Leningradi_Edasi_toimetus, lk 52
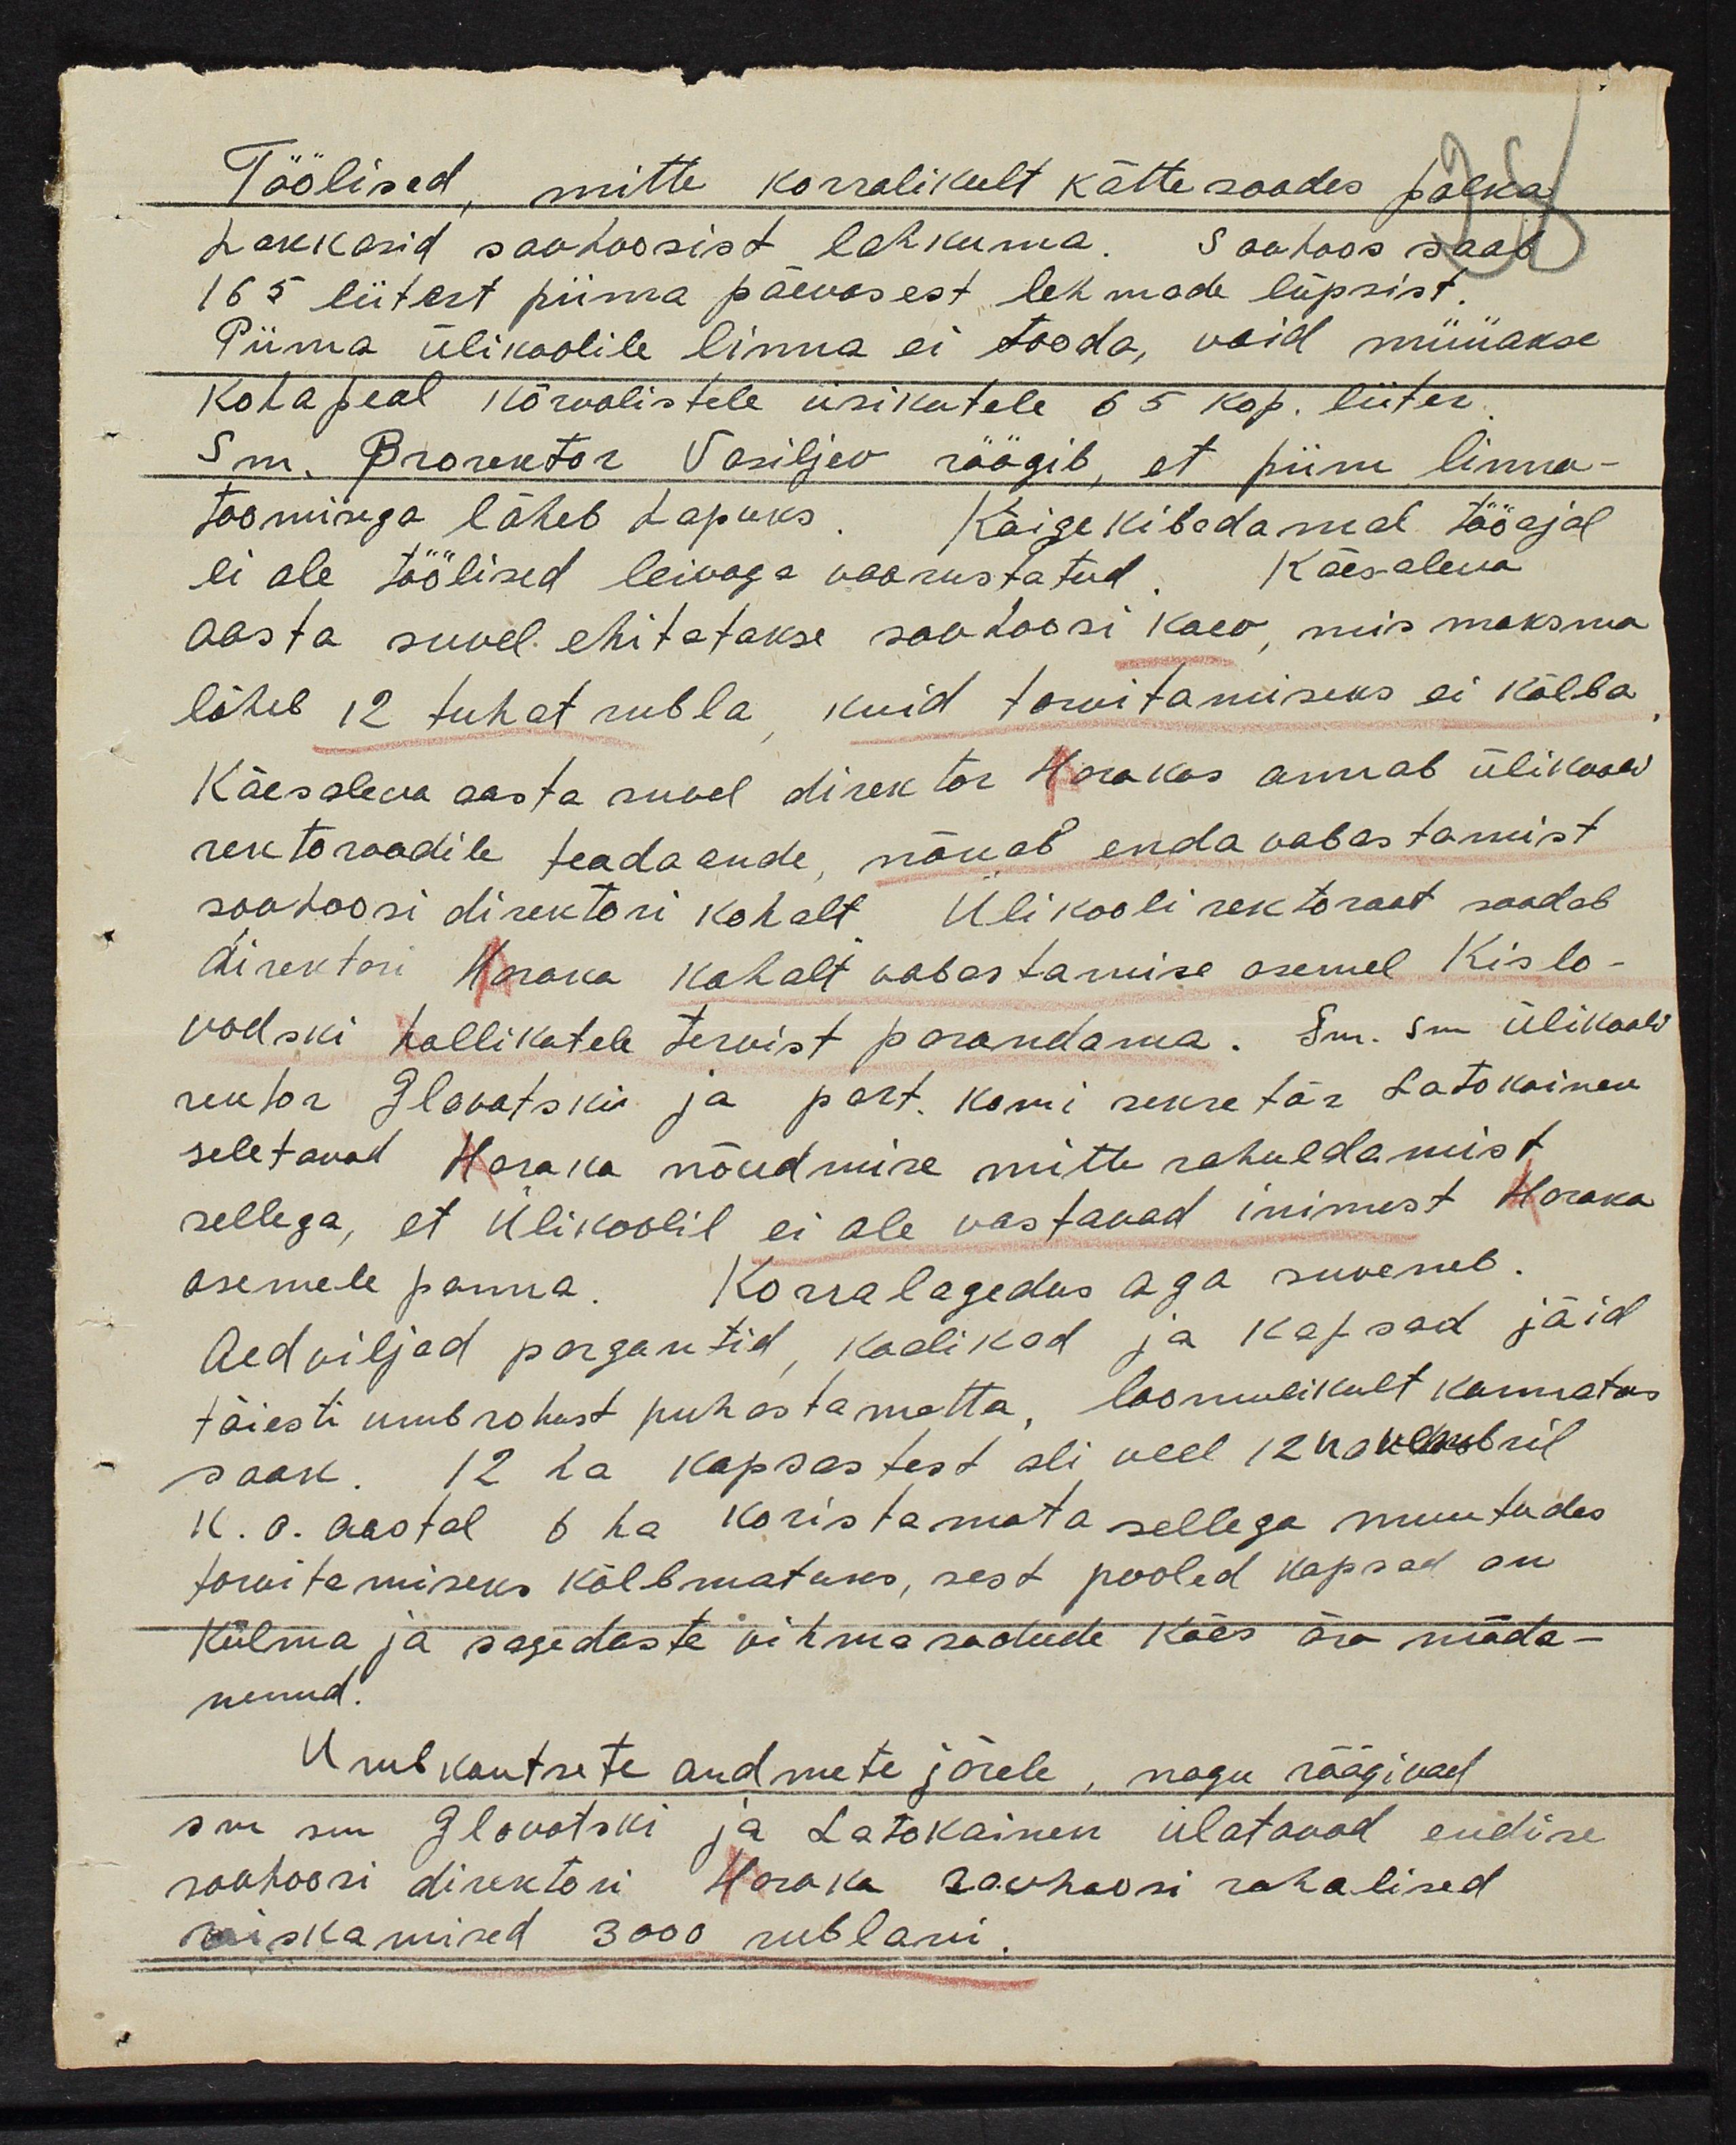
Töölised, mitte korralikult kätte saades palka
hakkasid sovhoosist lahkuma. Sovhoos saab
165 liitert piima päevasest lehmade lüpsist.
Piima ülikoolile linna ei tooda, vaid müüakse
kohapeal kõrvalistele isikutele 65 kop. liiter
Sm. Prorektor Vasiljev räägib, et piim linna-
toomisega läheb hapuks. Kõige kibedamal tööajal
ei ole töölised leivaga voorustatud. Käesoleva
aasta suvel ehitatakse sovhoosi kaev, mis maksma
läheb 12 tuhat rubla, kuid tarvitamiseks ei kõlba
Käesoleva aasta suvel direktor Harakas annab ülikooli
rektoraadile teadaande, nõuab enda vabastamist
sovhoosi direktori kohalt Ülikooli rektoraat saadab
direktori Haraka kohalt vabastamise asemel Kislo-
vodski hallikatele tervist parandama. Sm. sm. ülikooli
rektor Glavatski ja part. komi sekretär Latokainen
seletavad Haraka nõudmise mitte rahuldamist
sellega, et Ülikoolil ei ole vastavad inimest Haraka
asemele panna. Korralagedus aga suveneb
Aedviljad porgantid, kaalikad ja kapsad jäid
täiesti umbrohest puhastamatta, loomulikult kannatas
saak. 12 ha kapsastest oli veel 12 novembril
k. o. aastal 5 ha koristamata sellega muutudes
tarvitamiseks kõlbmatuks, sest pooled kapsad on
Külma ja sagedaste vihmasadude käes ära mäda-
nenud.
Usub kautsete andmete järele, nagu räägivad
sm sm Glovotski ja Latokainen ülatavad endise
sovhoori direktori Haraka sovhoosi rahalised
raiskamised 3000 rublani.